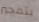
بتفجير